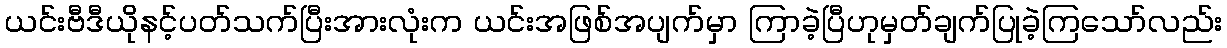
ယင်းဗီဒီယိုနင့်ပတ်သက်ပြီးအားလုံးက ယင်းအဖြစ်အပျက်မှာ ကြာခဲ့ပြီဟုမှတ်ချက်ပြုခဲ့ကြသော်လည်း